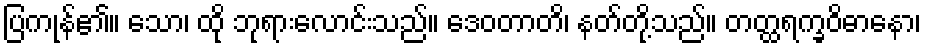
ပြကုန်၏။ သော၊ ထို ဘုရားလောင်းသည်။ ဒေဝတာတိ၊ နတ်တို့သည်။ တတ္ထရက္ခဝိဓာနော၊